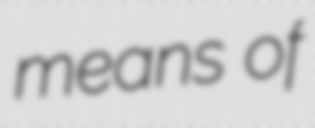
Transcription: means of